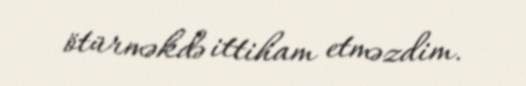
ötürməkdə ittiham etməzdim.